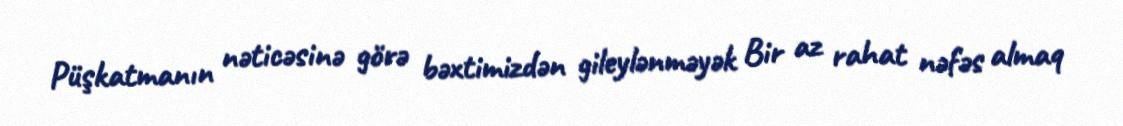
Püşkatmanın nəticəsinə görə bəxtimizdən gileylənməyək Bir az rahat nəfəs almaq